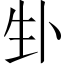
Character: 𪽁